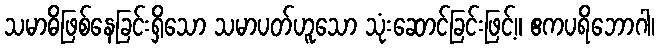
သမာဓိဖြစ်နေခြင်းရှိသော သမာပတ်ဟူသော သုံးဆောင်ခြင်းဖြင့်။ ဧကပရိဘောဂါ၊